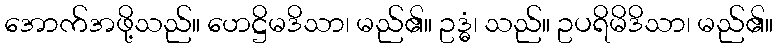
အောက်အဖို့သည်။ ဟေဋ္ဌိမဒိသာ၊ မည်၏။ ဥဒ္ဓံ၊ သည်။ ဥပရိမိဒိသာ၊ မည်၏။